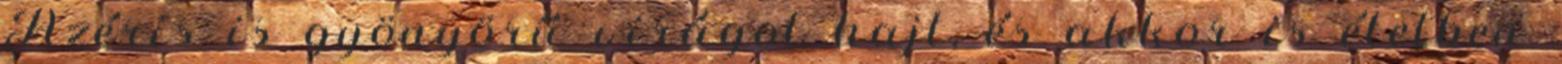
Azéris is gyönyörű virágot hajt, és akkor is életben